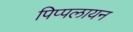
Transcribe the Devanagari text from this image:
पिप्पलायन